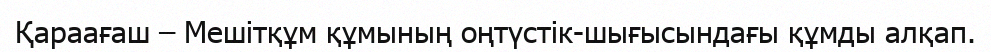
Қараағаш – Мешітқұм құмының оңтүстік-шығысындағы құмды алқап.